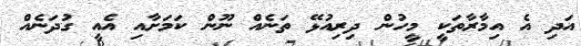
އަދި އެ އިމާރާތަކީ މީހުން ދިރިއުޅޭ ތަނެއް ނޫން ކަމަށާއި އެއީ ގުދަނެއް